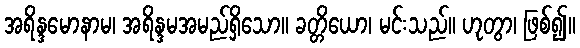
အရိန္ဒမောနာမ၊ အရိန္ဒမအမည်ရှိသော။ ခတ္တိယော၊ မင်းသည်။ ဟုတွာ၊ ဖြစ်၍။